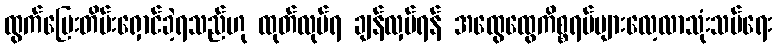
ထွက်ပြေးတိမ်းရှောင်ခဲ့ရသည်ဟု ထုတ်လုပ်ရ ချန်လှပ်ရန် အထွေထွေကိစ္စရပ်များလေ့လာသုံးသပ်ရေး